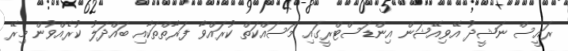
ރައީސް ނަޝީދު އޭވިއޭޝަން އިންޑަސްޓްރީގައި މަސައްކަތް ކުރައްވާ ފަރާތްތަކާއި ބައްދަލު ކުރެއްވުން މިރޭ